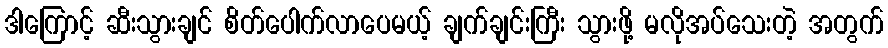
ဒါကြောင့် ဆီးသွားချင် စိတ်ပေါက်လာပေမယ့် ချက်ချင်းကြီး သွားဖို့ မလိုအပ်သေးတဲ့ အတွက်